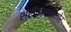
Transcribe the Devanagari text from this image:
श्रीरामासमोर